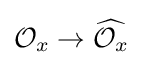
{\mathcal {O}}_{x}\to {\widehat {{\mathcal {O}}_{x}}}